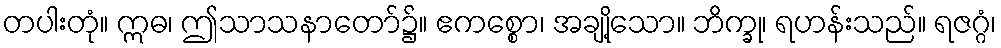
တပါးတုံ။ ဣဓ၊ ဤသာသနာတော်၌။ ဧကစ္စော၊ အချို့သော။ ဘိက္ခု၊ ရဟန်းသည်။ ရဇဂ္ဂံ၊